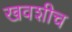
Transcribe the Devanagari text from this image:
खवशीच